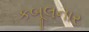
કબૂલનાર